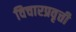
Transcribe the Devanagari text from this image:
विचारप्रवृत्ती